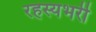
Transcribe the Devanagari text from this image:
रहस्यभरी